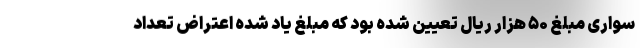
سواری مبلغ ۵۰ هزار ریال تعیین شده بود که مبلغ یاد شده اعتراض تعداد